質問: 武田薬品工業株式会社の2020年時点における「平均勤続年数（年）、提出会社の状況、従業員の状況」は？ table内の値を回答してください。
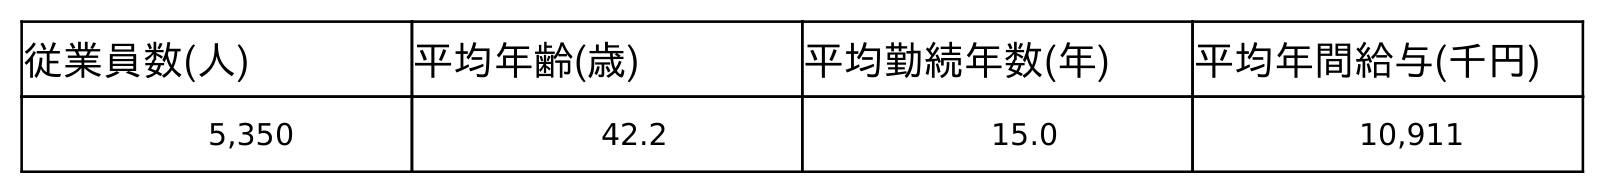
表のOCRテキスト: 従業員数(人) 平均年齢(歳) 平均勤続年数(年) 平均年間給与(千円) 5,350 42.2 15.0 10,911
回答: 15.0